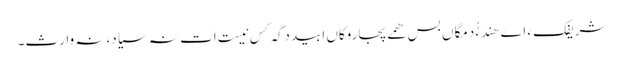
شریفک ءَ اے ھَندءُُ دَمگاں بس ھمے پجاروکاں اَبیددگہ کَس نِیست اَت نہ سیاد،نہ وارث۔